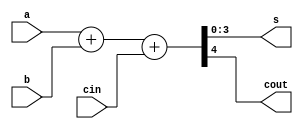
`timescale 1ns/1ps
module FA_4bit_df(s,cout,a,b,cin);
    input [3:0] a,b;
    input cin;
    output [3:0] s;
    output cout;

    assign {cout,s} = a+b+cin;
endmodule